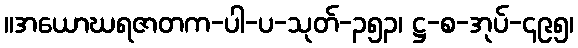
။အယောဃရဇာတက-ပါ-ပ-သုတ်-၃၅၃၊ ဋ္ဌ-စ-အုပ်-၄၉၅၊